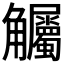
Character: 𲁠